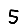
Digit: 5